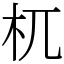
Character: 杌